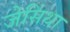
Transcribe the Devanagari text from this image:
जेसिंथा